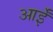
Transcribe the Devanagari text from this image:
आईँ